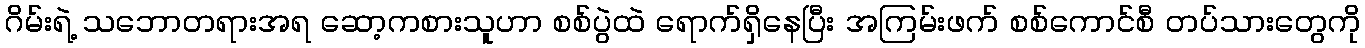
ဂိမ်းရဲ့ သဘောတရားအရ ဆော့ကစားသူဟာ စစ်ပွဲထဲ ရောက်ရှိနေပြီး အကြမ်းဖက် စစ်ကောင်စီ တပ်သားတွေကို